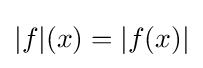
|f|(x)=|f(x)|